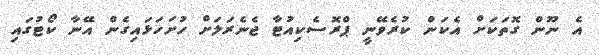
އެ ނޫން ގޮތަކަށް އެކަން ކުރެވޭނީ ޕްރޮސެކިއުޓާ ޖެނެރަލަށް ހުށަހަޅައިގެން އޭނާ ކޯޓުގައި